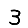
Digit: 3